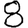
Digit: 8